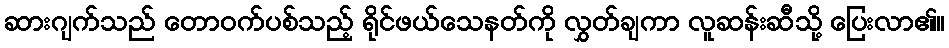
ဆားဂျက်သည် တောဝက်ပစ်သည့် ရိုင်ဖယ်သေနတ်ကို လွှတ်ချကာ လူဆန်းဆီသို့ ပြေးလာ၏။